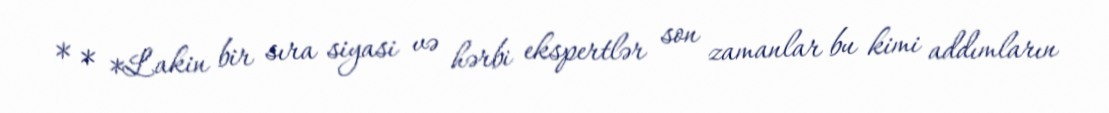
* * *Lakin bir sıra siyasi və hərbi ekspertlər son zamanlar bu kimi addımların